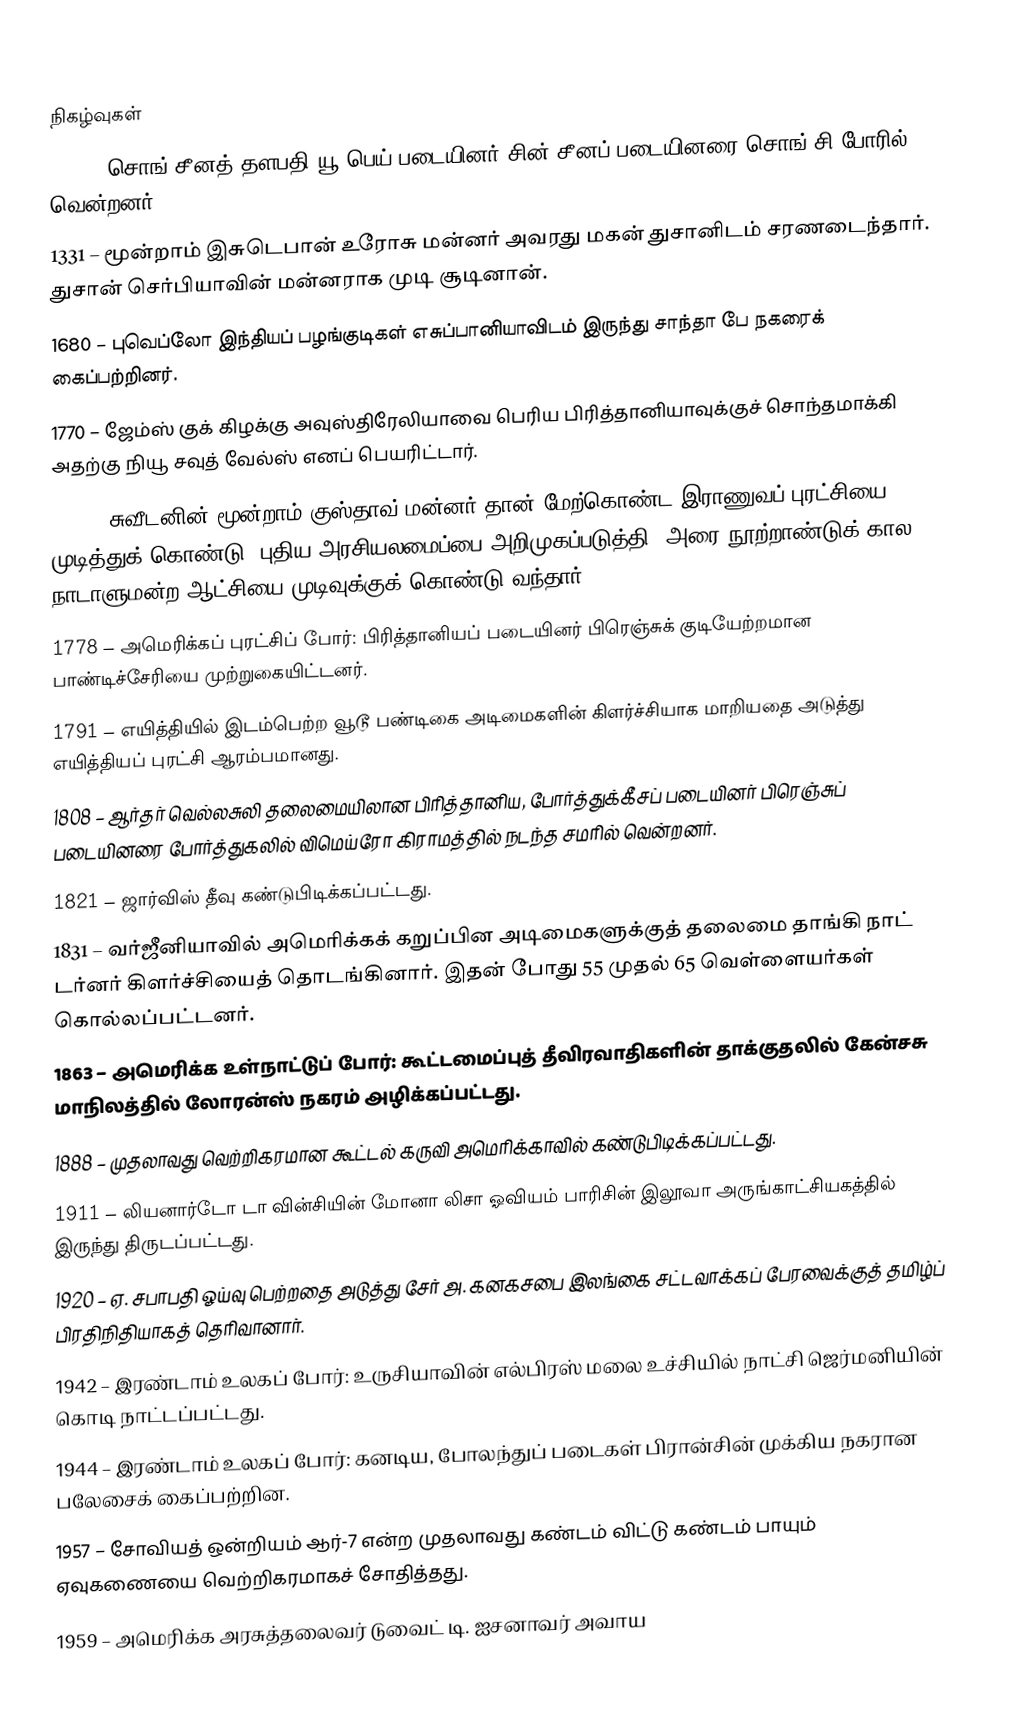

நிகழ்வுகள்
1140 – சொங் சீனத் தளபதி யூ பெய் படையினர் சின் சீனப் படையினரை சொங்–சி போரில் வென்றனர்.
1331 – மூன்றாம் இசுடெபான் உரோசு மன்னர் அவரது மகன் துசானிடம் சரணடைந்தார். துசான் செர்பியாவின் மன்னராக முடி சூடினான்.
1680 – புவெப்லோ இந்தியப் பழங்குடிகள் எசுப்பானியாவிடம் இருந்து சாந்தா பே நகரைக் கைப்பற்றினர்.
1770 – ஜேம்ஸ் குக் கிழக்கு அவுஸ்திரேலியாவை பெரிய பிரித்தானியாவுக்குச் சொந்தமாக்கி அதற்கு நியூ சவுத் வேல்ஸ் எனப் பெயரிட்டார்.
1772 – சுவீடனின் மூன்றாம் குஸ்தாவ் மன்னர் தான் மேற்கொண்ட இராணுவப் புரட்சியை முடித்துக் கொண்டு, புதிய அரசியலமைப்பை அறிமுகப்படுத்தி, அரை நூற்றாண்டுக் கால நாடாளுமன்ற ஆட்சியை முடிவுக்குக் கொண்டு வந்தார்.
1778 – அமெரிக்கப் புரட்சிப் போர்: பிரித்தானியப் படையினர் பிரெஞ்சுக் குடியேற்றமான பாண்டிச்சேரியை முற்றுகையிட்டனர்.
1791 – எயித்தியில் இடம்பெற்ற வூடூ பண்டிகை அடிமைகளின் கிளர்ச்சியாக மாறியதை அடுத்து எயித்தியப் புரட்சி ஆரம்பமானது.
1808 – ஆர்தர் வெல்லசுலி தலைமையிலான பிரித்தானிய, போர்த்துக்கீசப் படையினர் பிரெஞ்சுப் படையினரை போர்த்துகலில் விமெய்ரோ கிராமத்தில் நடந்த சமரில் வென்றனர்.
1821 – ஜார்விஸ் தீவு கண்டுபிடிக்கப்பட்டது.
1831 – வர்ஜீனியாவில் அமெரிக்கக் கறுப்பின அடிமைகளுக்குத் தலைமை தாங்கி நாட் டர்னர் கிளர்ச்சியைத் தொடங்கினார். இதன் போது 55 முதல் 65 வெள்ளையர்கள் கொல்லப்பட்டனர்.
1863 – அமெரிக்க உள்நாட்டுப் போர்: கூட்டமைப்புத் தீவிரவாதிகளின் தாக்குதலில் கேன்சசு மாநிலத்தில் லோரன்ஸ் நகரம் அழிக்கப்பட்டது.
1888 – முதலாவது வெற்றிகரமான கூட்டல் கருவி அமெரிக்காவில் கண்டுபிடிக்கப்பட்டது.
1911 – லியனார்டோ டா வின்சியின் மோனா லிசா ஓவியம் பாரிசின் இலூவா அருங்காட்சியகத்தில் இருந்து திருடப்பட்டது.
1920 – ஏ. சபாபதி ஓய்வு பெற்றதை அடுத்து சேர் அ. கனகசபை இலங்கை சட்டவாக்கப் பேரவைக்குத் தமிழ்ப் பிரதிநிதியாகத் தெரிவானார்.
1942 – இரண்டாம் உலகப் போர்: உருசியாவின் எல்பிரஸ் மலை உச்சியில் நாட்சி ஜெர்மனியின் கொடி நாட்டப்பட்டது.
1944 – இரண்டாம் உலகப் போர்: கனடிய, போலந்துப் படைகள் பிரான்சின் முக்கிய நகரான பலேசைக் கைப்பற்றின.
1957 – சோவியத் ஒன்றியம் ஆர்-7 என்ற முதலாவது கண்டம் விட்டு கண்டம் பாயும் ஏவுகணையை வெற்றிகரமாகச் சோதித்தது.
1959 – அமெரிக்க அரசுத்தலைவர் டுவைட் டி. ஐசனாவர் அவாய